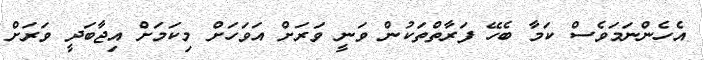
އެހެންނަމަވެސް ކަމާ ބެހޭ ފަރާތްތަކުން ވަނީ ވަރަށް އަވަހަށް މިކަމަށް އިޖާބަދީ ވަރަށް